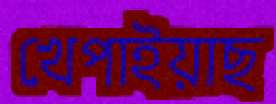
খেপাইয়াছ